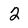
Character: 2